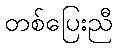
တစ်ပြေးညီ